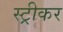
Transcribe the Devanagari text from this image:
स्ट्रीकर